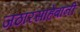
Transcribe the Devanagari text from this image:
जठारसाहेबांनी